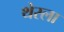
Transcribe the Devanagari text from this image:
थेरला